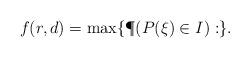
LaTeX: \begin{align*}f(r,d) = \max\{\P(P(\xi)\in I): \}.\end{align*}